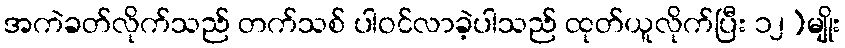
အကဲခတ်လိုက်သည် တက်သစ် ပါဝင်လာခဲ့ပါသည် ထုတ်ယူလိုက်ပြီး ၁၂)မျိုး